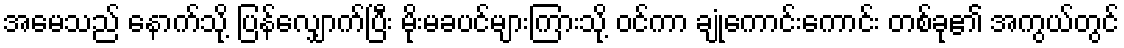
အမေသည် နောက်သို့ ပြန်လျှောက်ပြီး မိုးမခပင်များကြားသို့ ဝင်ကာ ချုံကောင်းကောင်း တစ်ခု၏ အကွယ်တွင်